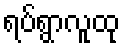
ရပ်ရွာလူထု